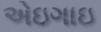
એઇગાઇ